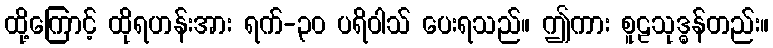
ထို့ကြောင့် ထိုရဟန်းအား ရက်-၃၀ ပရိဝါသ် ပေးရသည်။ ဤကား စူဠသုဒ္ဓန်တည်း။